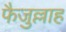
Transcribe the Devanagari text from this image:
फैजुल्लाह